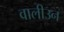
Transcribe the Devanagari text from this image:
वालीउन